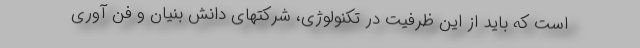
است که باید از این ظرفیت در تکنولوژی، شرکتهای دانش بنیان و فن آوری